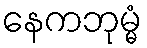
နေကဘုမ္မံ